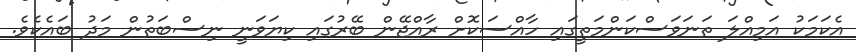
އެކަމަކު އަމިއްލަ ތަނަވަސްކަންމަތީގައި ހާއްސަކޮށް ރާއްޖޭން ބޭރުގައި ކިޔަވަނީ ނިސްބަތުން މަދު ބައެކެވެ.